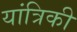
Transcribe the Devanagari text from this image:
यांत्रिकी